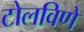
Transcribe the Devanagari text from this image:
टोलविणे